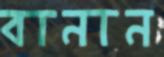
বানান